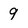
Character: 9